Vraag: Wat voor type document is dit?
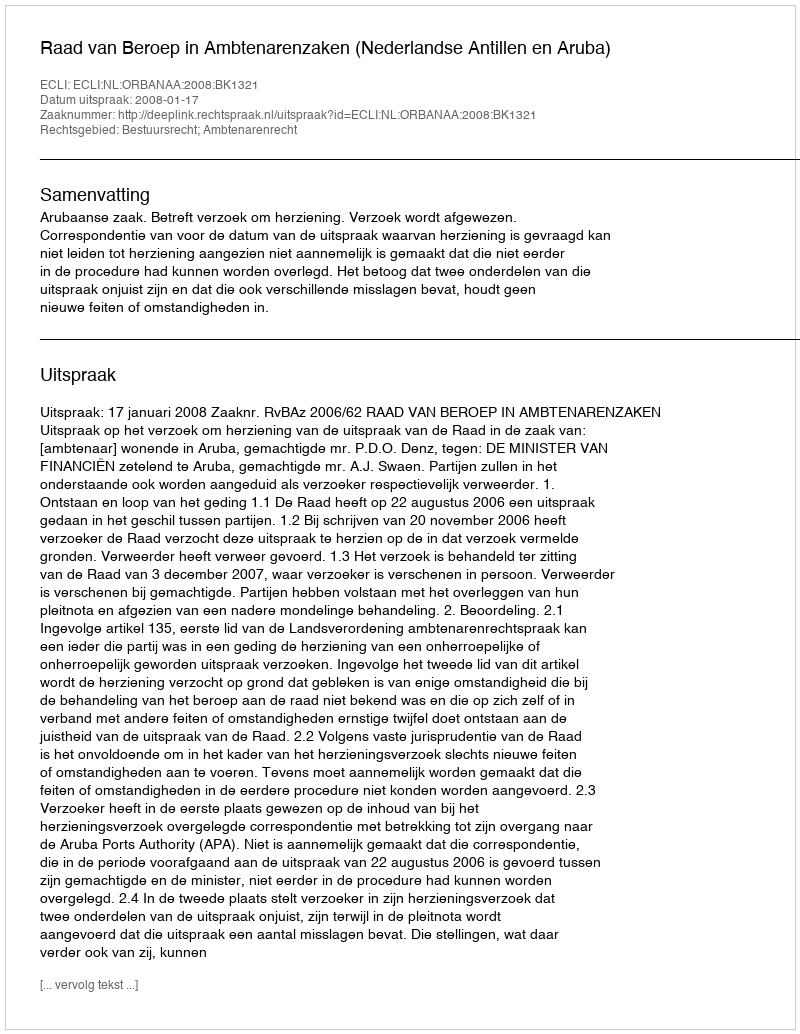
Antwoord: Uitspraak